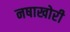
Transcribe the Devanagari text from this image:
नषाखोरी